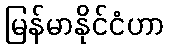
မြန်မာနိုင်ငံဟာ